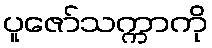
ပူဇော်သက္ကာကို